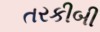
તરકીબી